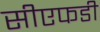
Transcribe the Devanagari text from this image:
सीएफडी